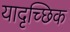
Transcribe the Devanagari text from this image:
यादृच्‍छिक